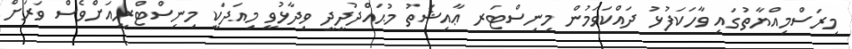
މިރަސްމިއްޔާތުގައި ވާހަކަފުޅު ދައްކަވަމުން މިނިސްޓަރ ޢާއިޝަތު މުޙައްދުދީދީ ވިދާޅުވީ މިއަދަކީ މިނިސްޓްރީއަށްވެސް ވަރަށް